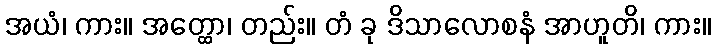
အယံ၊ ကား။ အတ္ထော၊ တည်း။ တံ ခု ဒိသာလောစနံ အာဟူတိ၊ ကား။